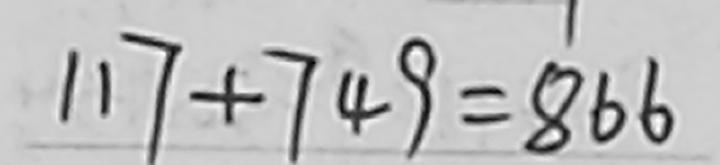
1 1 7 + 7 4 9 = 8 6 6